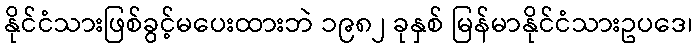
နိုင်ငံသားဖြစ်ခွင့်မပေးထားဘဲ ၁၉၈၂ ခုနှစ် မြန်မာနိုင်ငံသားဥပဒေ၊